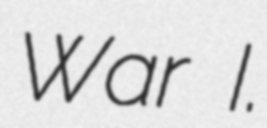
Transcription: War I.